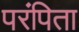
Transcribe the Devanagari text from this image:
परंपिता